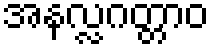
အနလ္လဂတ္တာဝ